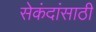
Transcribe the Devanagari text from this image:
सेकंदांसाठी